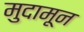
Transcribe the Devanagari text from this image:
मुदामून